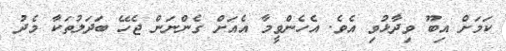
ކަމަށް އިބޫ ވިދާޅުވި އެވެ. އެހެންވީމާ އެއަށް ގެންނަން ޖެހޭ ބަދަލުތަކާ މެދު